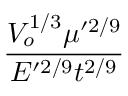
\frac { V _ { o } ^ { 1 / 3 } \mu ^ { \prime 2 / 9 } } { E ^ { \prime 2 / 9 } t ^ { 2 / 9 } }